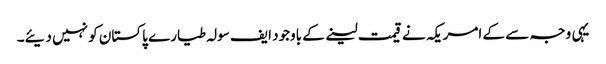
یہی وجہ سے کے امریکہ نے قیمت لینے کے باوجود ایف سولہ طیارے پاکستان کو نہیں دیئے۔